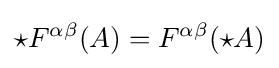
\star F^{\alpha \beta }(A)=F^{\alpha \beta }(\star A)